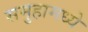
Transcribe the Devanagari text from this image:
समुहामध्ये